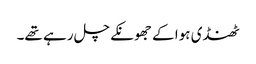
ٹھنڈی ہوا کے جھونکے چل رہے تھے۔